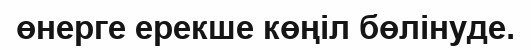
өнерге ерекше көңіл бөлінуде.